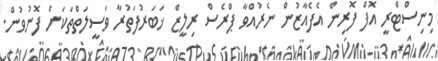
މިނިސްޓްރީ އޮފް ފޮރިން އެފެއާޒުން ނެރުއްވާ ޕްރެސް ރިލީޒް ޚަބަރުފަތުރާ ވަސީލަތްތަކަށް ފޮނުވުން.